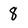
Character: 8